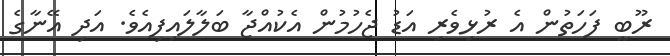
ރޫބީ ފަހަތުން އެ ރުޅިވެރި އަޑު ޖެހުމުން އެކުއްޖާ ބަލާލައިފިއެވެ. އަދި އޭނާގެ